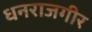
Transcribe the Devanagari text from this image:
धनराजगीर